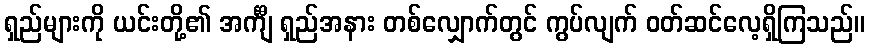
ရှည်များကို ယင်းတို့၏ အင်္ကျီ ရှည်အနား တစ်လျှောက်တွင် ကွပ်လျက် ဝတ်ဆင်လေ့ရှိကြသည်။